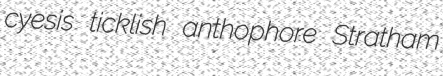
cyesis ticklish anthophore Stratham